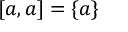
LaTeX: [ a , a ] = \{ a \}